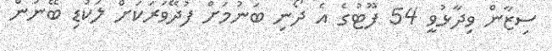
ސިޒާން ވިދާޅުވީ 54 ފޫޓުގެ އެ ދޯނި ބަނުމަށް ފުދޭވަރަކަށް ލަކުޑި ބޭނުން